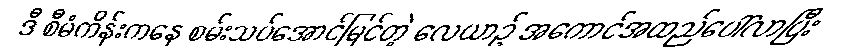
ဒီ စီမံကိန်းကနေ စမ်းသပ်အောင်မြင်တဲ့ လေယာဉ် အကောင်အထည်ပေါ်လာပြီး